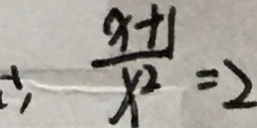
\therefore \frac { x + 1 } { x ^ { 2 } } = 2